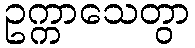
ဥက္ကာသေတွာ